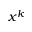
x ^ { k }